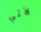
لآتي